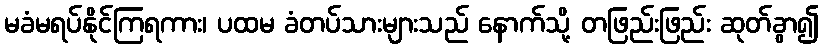
မခံမရပ်နိုင်ကြရကား၊ ပထမ ခံတပ်သားများသည် နောက်သို့ တဖြည်းဖြည်း ဆုတ်ခွာ၍